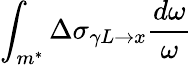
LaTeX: \int_{m^{*}}\Delta\sigma_{\gamma L\rightarrow x}\frac{d\omega}{\omega}